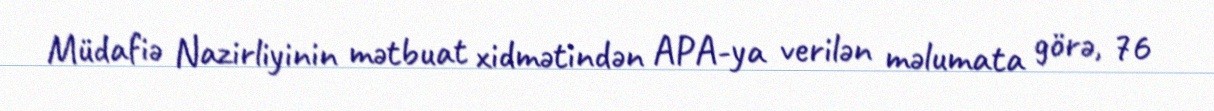
Müdafiə Nazirliyinin mətbuat xidmətindən APA-ya verilən məlumata görə, 76